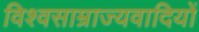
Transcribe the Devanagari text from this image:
विश्वसाम्राज्यवादियों